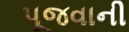
પૂજવાની